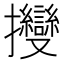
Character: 𢺥